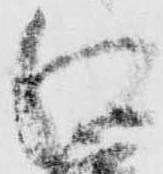
江